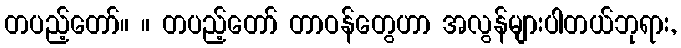
တပည့်တော်။ ။ တပည့်တော် တာဝန်တွေဟာ အလွန်များပါတယ်ဘုရား,